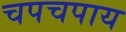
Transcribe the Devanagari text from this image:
चपचपाय